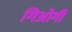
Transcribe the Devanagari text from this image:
गिओर्गी